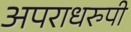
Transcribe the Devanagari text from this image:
अपराधरुपी